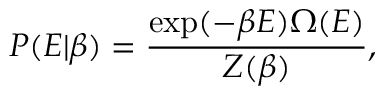
P ( E | \beta ) = \frac { \exp ( - \beta E ) \Omega ( E ) } { Z ( \beta ) } ,